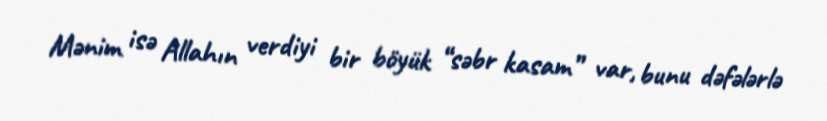
Mənim isə Allahın verdiyi bir böyük “səbr kasam” var, bunu dəfələrlə